38_143685_box_Incident_Summaries_173-233
Agency: Department of War
Page 61
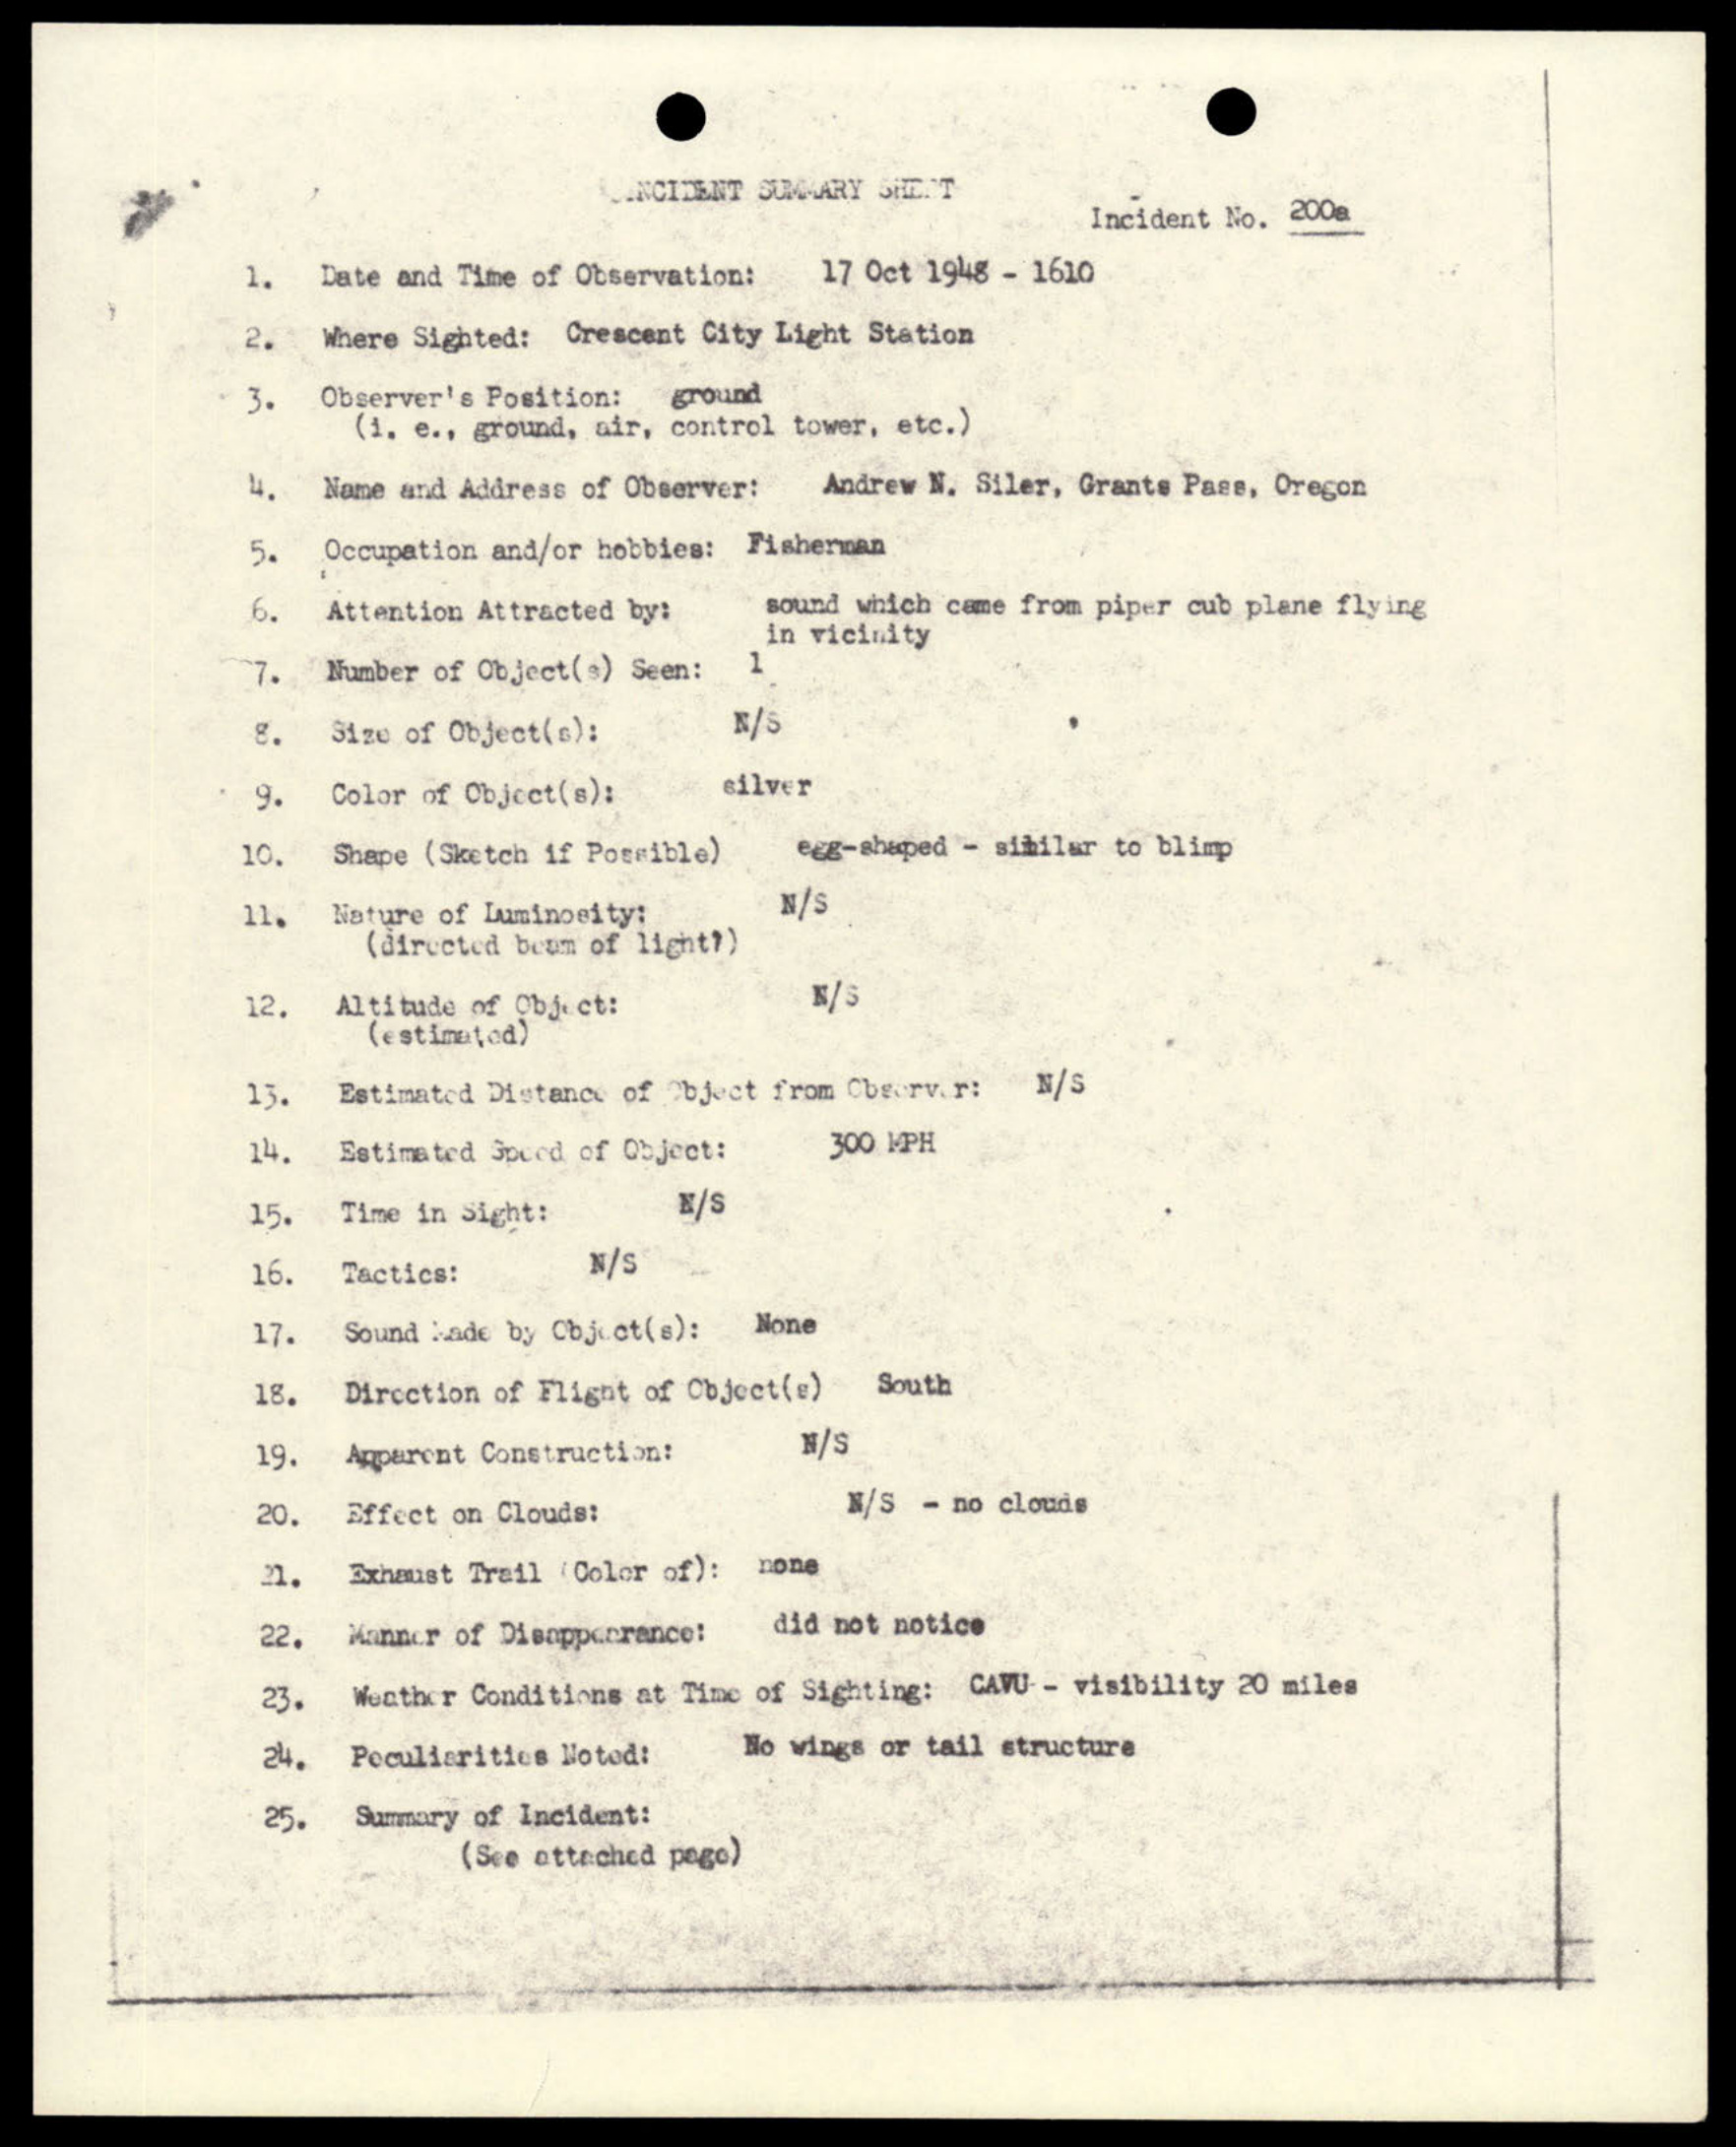